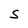
Character: s